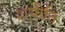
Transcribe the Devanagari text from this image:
शयीति